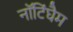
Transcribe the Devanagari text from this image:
नॉटिंघैम